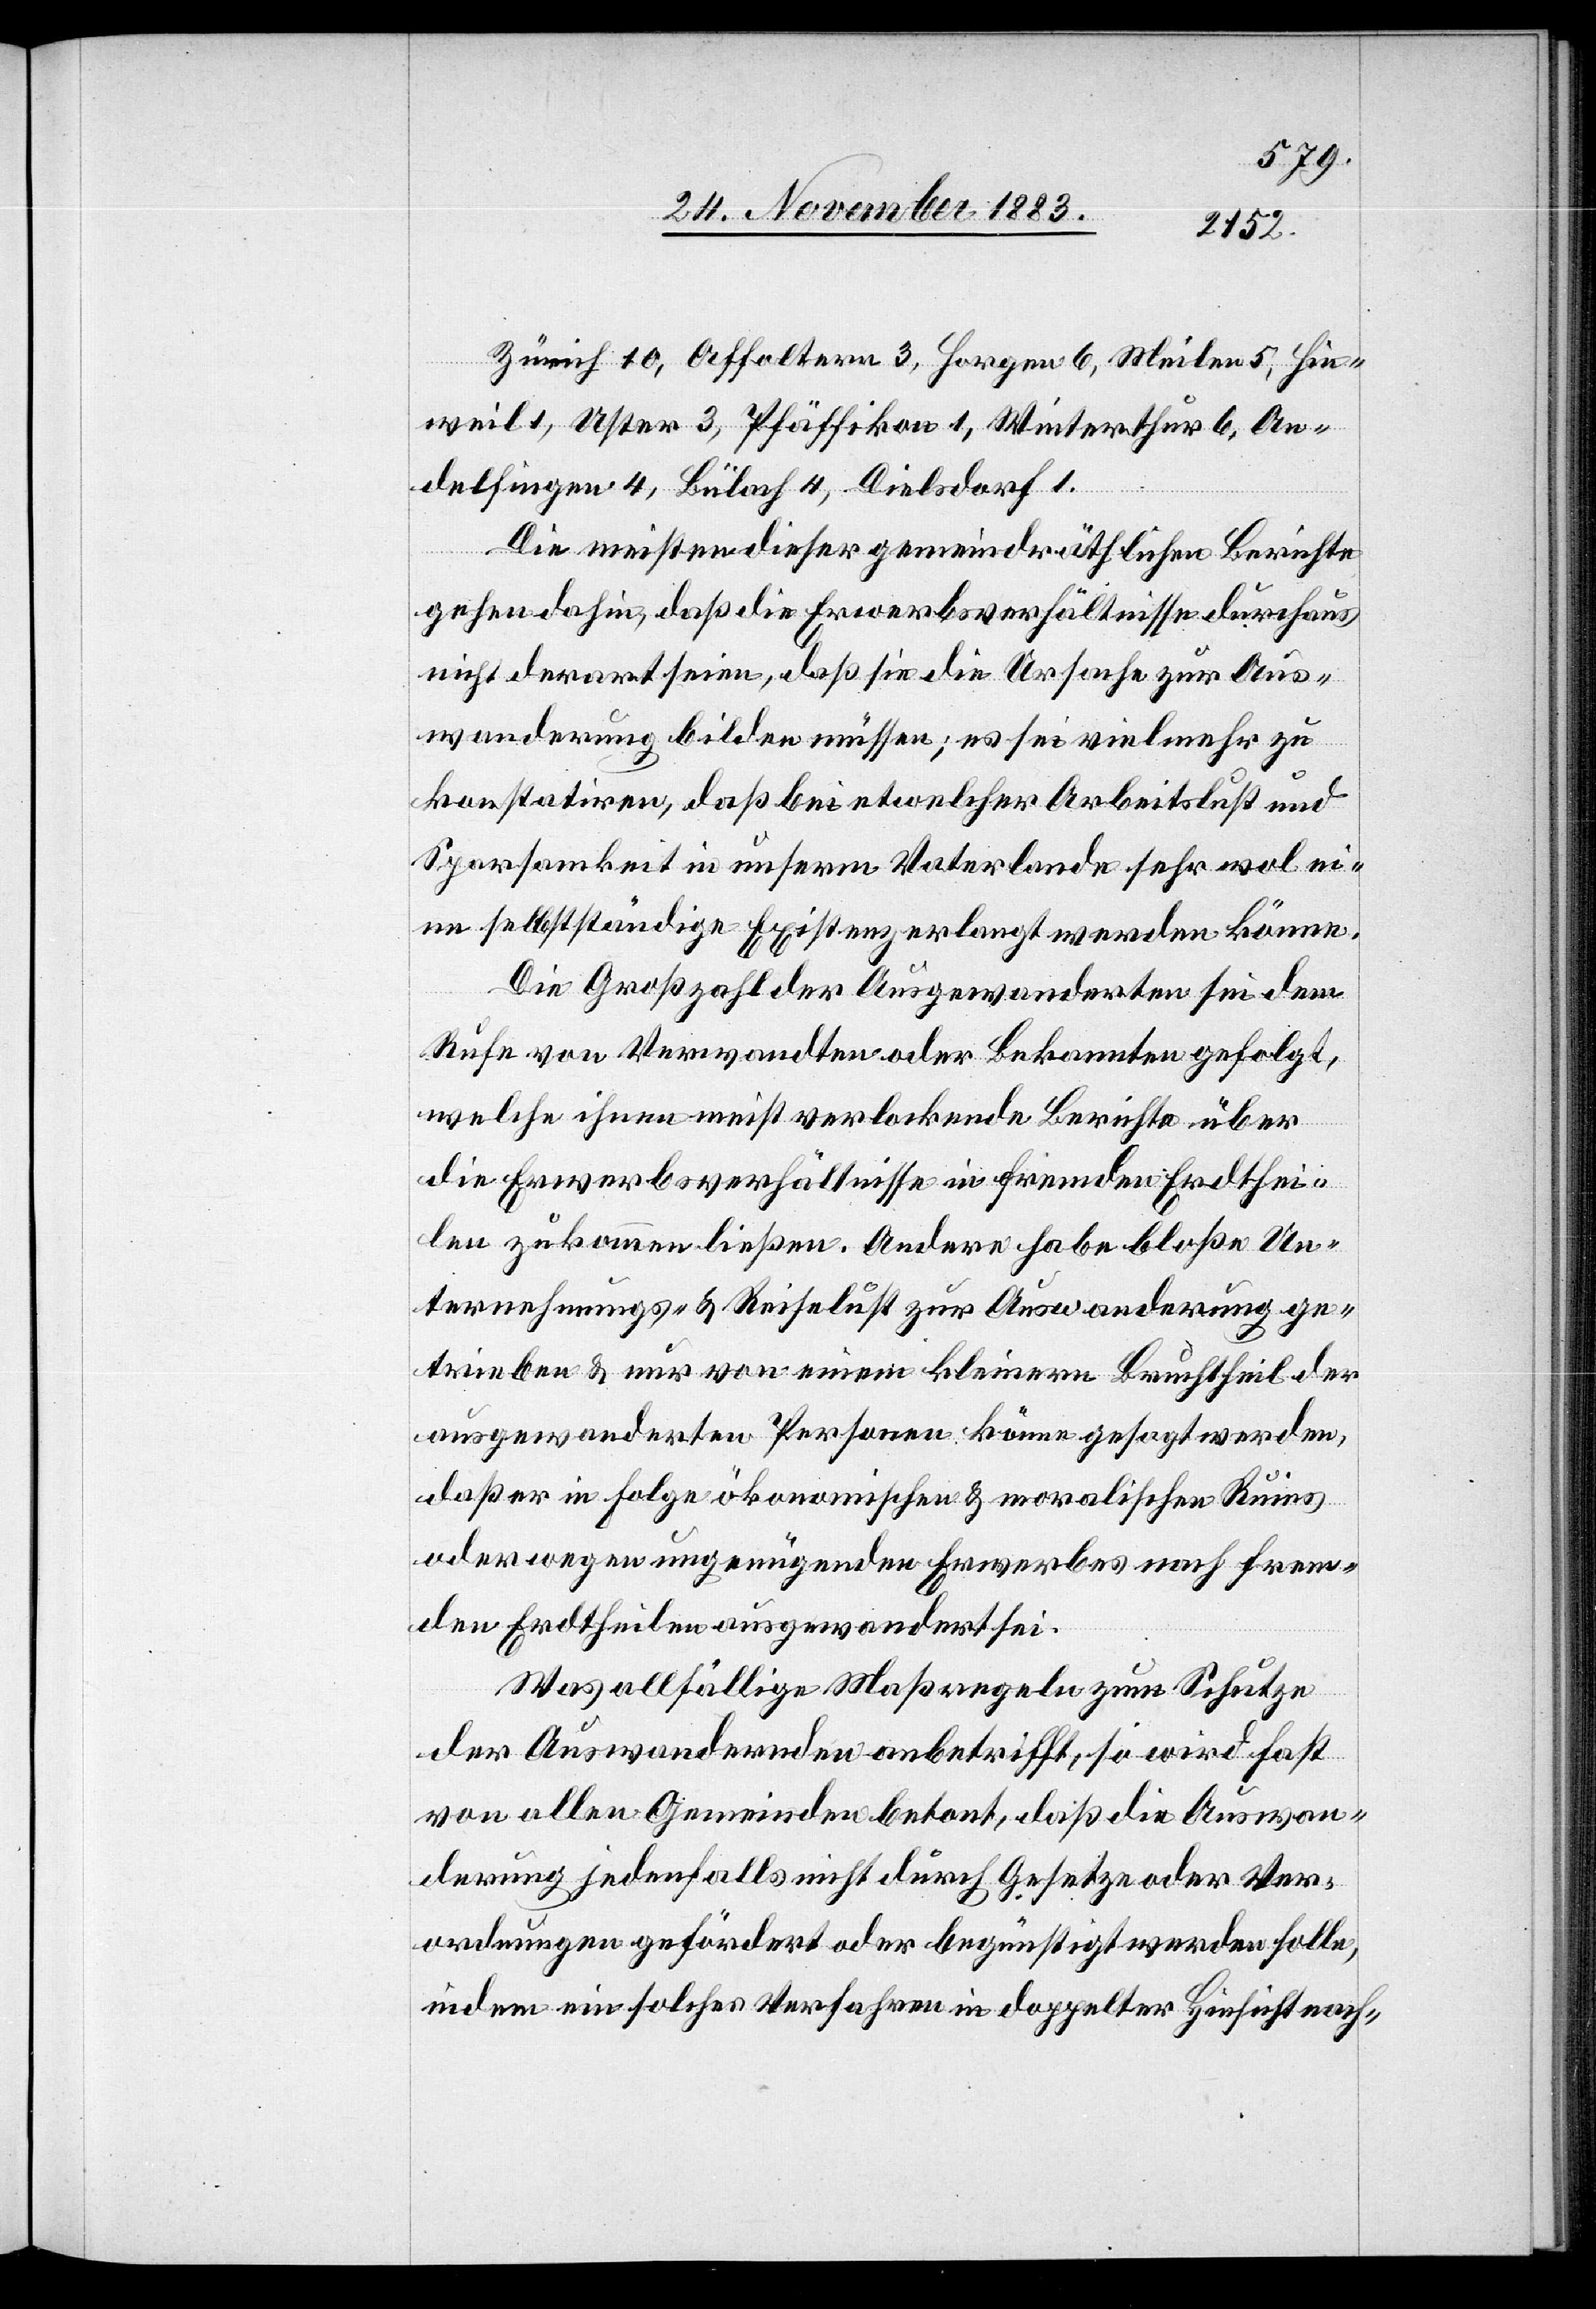
Zürich 10, Affoltern 3, Horgen 6, Meilen 5, Hin¬
weil 1, Uster 3, Pfäffikon 1, Winterthur 6, An¬
delfingen 4, Bülach 4, Dielsdorf 1.
Die meisten dieser gemeindräthlichen Berichte
gehen dahin, daß die Erwerbsverhältnisse durchaus
nicht derart seien, daß sie die Ursache zur Aus¬
wanderung bilden müssen; es sei vielmehr zu
konstatiren, daß bei etwelcher Arbeitslust und
Sparsamkeit in unserm Vaterlande sehr wol ei¬
ne selbstständige Existenz erlangt werden könne.
Die Großzahl der Ausgewanderten sei dem
Rufe von Verwandten oder Bekannten gefolgt,
welche ihnen meist verlockende Berichte über
die Erwerbsverhältnisse in fremden Erdthei¬
len zukommen ließen. Andere habe bloße Un¬
ternehmungs- & Reiselust zur Auswanderung ge¬
trieben & nur von einem kleinern Bruchtheil der
ausgewanderten Personen könne gesagt werden,
daß er in Folge ökonomischen & moralischen Ruins
oder wegen ungenügenden Erwerbes nach frem¬
den Erdtheilen ausgewandert sei.
Was allfällige Maßregeln zum Schutze
der Auswandernden anbetrifft, so wird fast
von allen Gemeinden betont, daß die Auswan¬
derung jedenfalls nicht durch Gesetz oder Ver¬
ordnungen gefördert oder begünstigt werden solle,
indem ein solches Verfahren in doppelter Hinsicht nach-